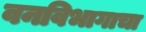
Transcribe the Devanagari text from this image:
वनविभागाचा